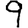
Digit: 9